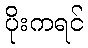
ပိုးကရင်